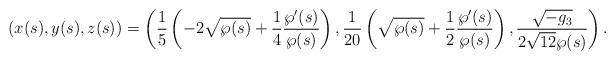
LaTeX: \begin{align*}\left( x(s),y(s),z(s)\right)=\left(\frac{1}{5}\left(-2\sqrt{\wp( s)}+\frac{1}{4}\frac{\wp^\prime( s)}{\wp( s)}\right),\frac{1}{20}\left(\sqrt{\wp( s)}+\frac{1}{2}\frac{\wp^\prime( s)}{\wp( s)}\right),\frac{\sqrt{-g_3}}{2\sqrt{12}\wp(s)}\right).\end{align*}